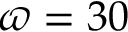
\varpi = 3 0